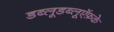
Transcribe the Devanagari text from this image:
डब्लूडब्लूऍफ़के